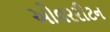
ઓવરરીટન